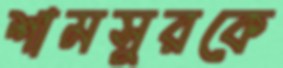
শামসুরকে